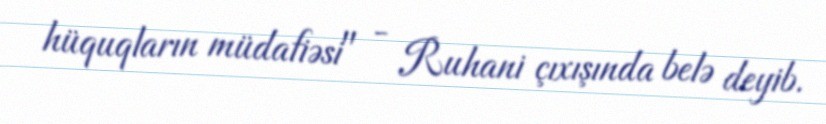
hüquqların müdafiəsi" - Ruhani çıxışında belə deyib.